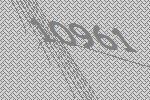
10961